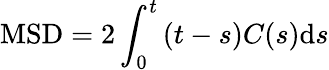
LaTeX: \mathrm{MSD}=2\int_{0}^{t}{(t-s)C(s)\mathrm{d}s}